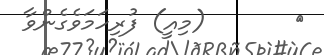
٥       (މިއީ) ފުރިހަމަވެގެންވާ